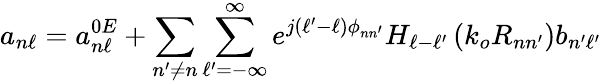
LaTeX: a_{n\ell}=a_{n\ell}^{0E}+\sum_{n^{\prime}\neq n}\sum_{\ell^{\prime}=-\infty}^{\infty}e^{j\left(\ell^{\prime}-\ell\right)\phi_{nn^{\prime}}}H_{\ell-\ell^{\prime}}\left(k_{o}R_{nn^{\prime}}\right)b_{n^{\prime}\ell^{\prime}}